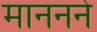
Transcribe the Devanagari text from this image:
माननने